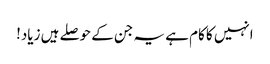
انہیں کا کام ہے یہ جن کے حوصلے ہیں زیاد!